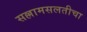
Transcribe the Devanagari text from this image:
सल्लामसलतीचा